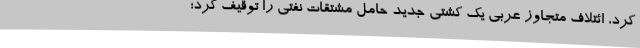
کرد، ائتلاف متجاوز عربی یک کشتی جدید حامل مشتقات نفتی را توقیف کرد؛